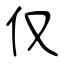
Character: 仅